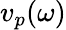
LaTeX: v_{p}(\omega)